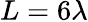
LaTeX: L=6\lambda